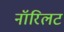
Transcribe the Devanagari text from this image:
नॉरिलट